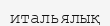
итальялық